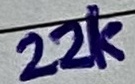
Text: 22K